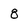
Character: 8